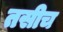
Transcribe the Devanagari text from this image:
तसीच